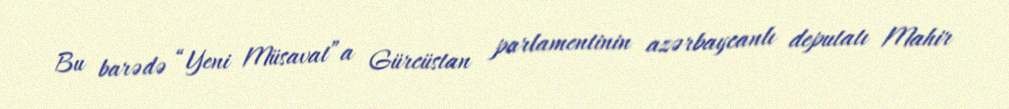
Bu barədə “Yeni Müsavat”a Gürcüstan parlamentinin azərbaycanlı deputatı Mahir